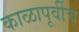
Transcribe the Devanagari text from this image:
काळापूर्वीच